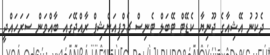
ދެކުނު އޭޝިއާގެ ޖޫނިޔާ ކެޑޭޓް ޓޭބަލް ޓެނިސް ޗެމްޕިއަންޝިޕް ރާއްޖޭގައި ބާއްވަން ސަރަހައްދީ